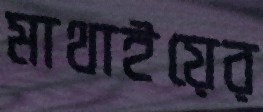
মাথাইয়ের